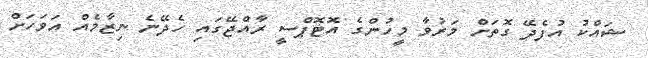
ޝައްކު އުފެދޭ ގޮތަށް މަރުވާ މީހުންގެ އޮޓޮޕްސީ ރާއްޖޭގައި ހެދޭނެ ނިޒާމެއް އަވަހަށް